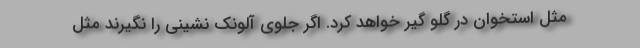
مثل استخوان در گلو گیر خواهد کرد. اگر جلوی آلونک نشینی را نگیرند مثل